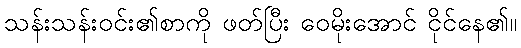
သန်းသန်းဝင်း၏စာကို ဖတ်ပြီး ဝေမိုးအောင် ငိုင်နေ၏။